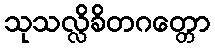
သုသလ္လိခိတဂတ္တော